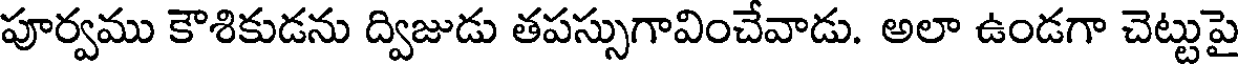
పూర్వము కౌశికుడను ద్విజుడు తపస్సుగావించేవాడు. అలా ఉండగా చెట్టుపై